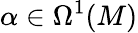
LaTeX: \alpha\in\Omega^{1}(M)